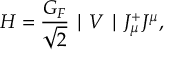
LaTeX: H = \frac { G _ { F } } { \sqrt { 2 } } \mid V \mid J _ { \mu } ^ { + } J ^ { \mu } ,